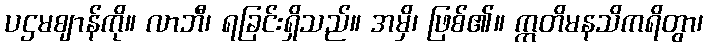
ပဌမဈာန်ကို။ လာဘီ၊ ရခြင်းရှိသည်။ အမှိ၊ ဖြစ်၏။ ဣတိမနသိကရိတွာ၊